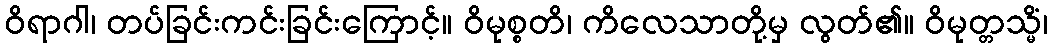
ဝိရာဂါ၊ တပ်ခြင်းကင်းခြင်းကြောင့်။ ဝိမုစ္စတိ၊ ကိလေသာတို့မှ လွတ်၏။ ဝိမုတ္တသ္မိံ၊